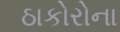
ઠાકોરોના